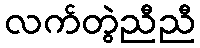
လက်တွဲညီညီ